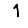
Digit: 1